Civil Veterinary Dept. Bombay admin report 1932-41 - 1932-1941
Year: 1932
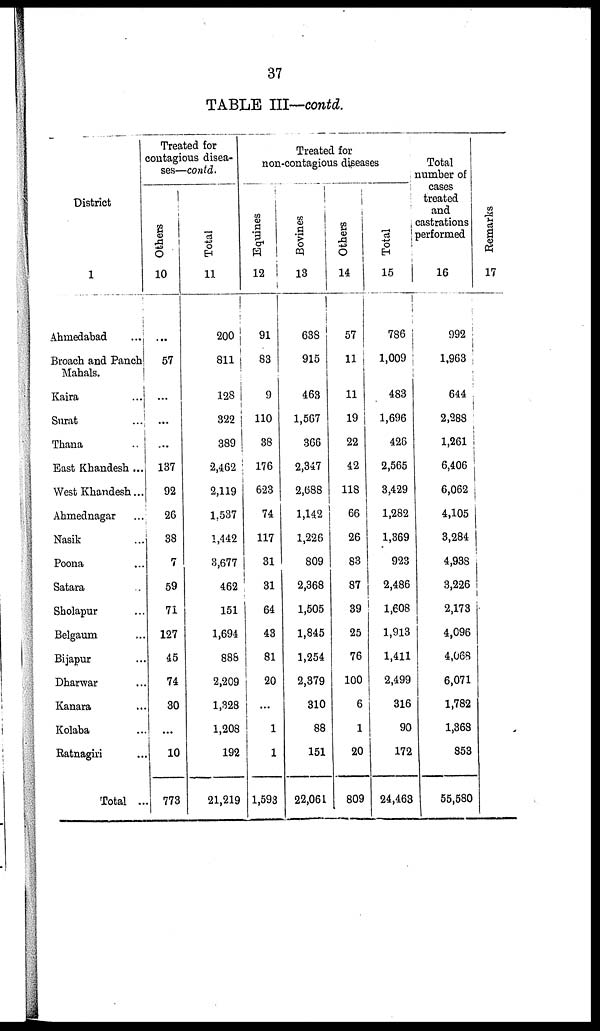
37
TABLE III—contd.
District
1
Ahmedabad ...
Broach and Panch
Mahals.
Kaira ...
Surat ...
Thana ...
East Khandesh ...
West Khandesh ...
Ahmednagar ...
Nasik ...
Poona ...
Satara ...
Sholapur ...
Belgaum ...
Bijapur ...
Dharwar ...
Kanara ...
Kolaba ...
Ratnagiri ...
Total ...
Treated for
contagious disea-
ses—contd.
Others
10
...
57
...
...
...
137
92
26
38
7
59
71
127
45
74
30
...
10
773
Total
11
200
811
128
322
389
2,462
2,119
1,537
1,442
3,677
462
151
1,694
888
2,209
1,328
1,208
192
21,219
Treated for
non-contagious diseases
Equines
12
91
83
9
110
38
176
623
74
117
31
31
64
43
81
20
...
1
1
1,593
Bovines
13
638
915
463
1,567
366
2,347
2,688
1,142
1,226
809
2,368
1,505
1,845
1,254
2,379
310
88
151
22,061
Others
14
57
11
11
19
22
42
118
66
26
83
87
39
25
76
100
6
1
20
809
Total
15
786
1,009
483
1,696
426
2,565
3,429
1,282
1,369
923
2,486
1,608
1,913
1,411
2,499
316
90
172
24,463
Total
number of
cases
treated
and
castrations
performed
16
992
1,963
644
2,288
1,261
6,406
6,062
4,105
3,284
4,938
3,226
2,173
4,096
4,068
6,071
1,782
1,368
853
55,580
Re ma r
k s
17